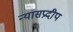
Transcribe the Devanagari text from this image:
न्यासप्रदीप